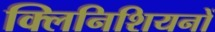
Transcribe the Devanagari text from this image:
क्लिनिशियनों